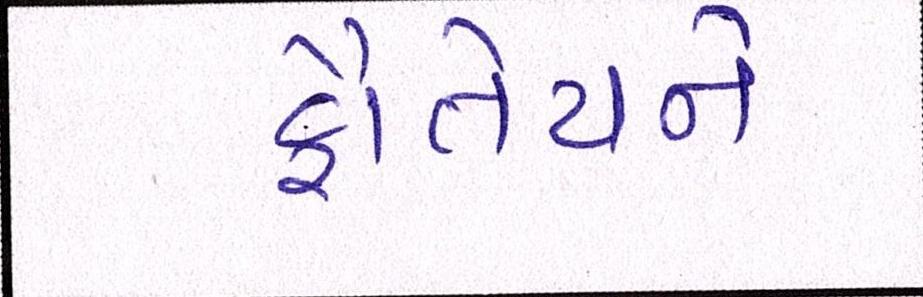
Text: કૌંતેયને